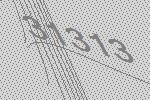
31313